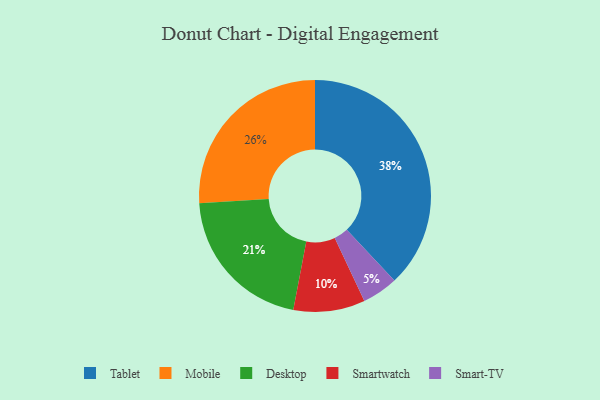
{"axis": {"x": "Category", "y": "Percentage"}, "legend": ["Desktop", "Mobile", "Smart-TV", "Smartwatch", "Tablet"], "data": [{"x": "Tablet", "y": 38, "type": "Tablet"}, {"x": "Mobile", "y": 26, "type": "Mobile"}, {"x": "Smartwatch", "y": 10, "type": "Smartwatch"}, {"x": "Smart-TV", "y": 5, "type": "Smart-TV"}, {"x": "Desktop", "y": 21, "type": "Desktop"}]}